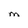
Character: M